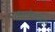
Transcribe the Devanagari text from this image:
पौरावेलाकुल